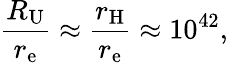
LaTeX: {\frac{R_{\mathrm{U}}}{r_{\mathrm{e}}}}\approx{\frac{r_{\mathrm{H}}}{r_{\mathrm{e}}}}\approx 10^{42},